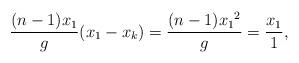
LaTeX: \begin{align*} \frac{(n-1)x_1}{g} (x_1-x_k)=\frac{(n-1){x_1}^2}{g}=\frac{x_1}{1},\end{align*}